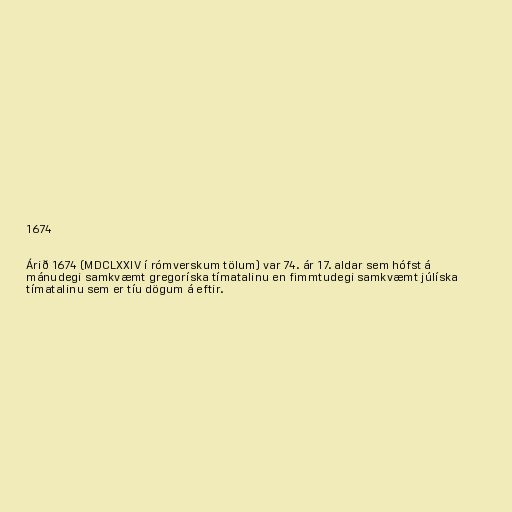
1674

Árið 1674 (MDCLXXIV í rómverskum tölum) var 74. ár 17. aldar sem hófst á
mánudegi samkvæmt gregoríska tímatalinu en fimmtudegi samkvæmt júlíska
tímatalinu sem er tíu dögum á eftir.